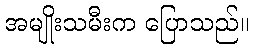
အမျိုးသမီးက ပြောသည်။